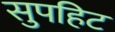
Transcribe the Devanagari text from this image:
सुपहिट